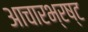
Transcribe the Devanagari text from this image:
आचारभ्रष्ट